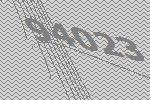
94023